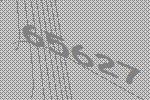
65627